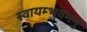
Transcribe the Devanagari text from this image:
स्वायम्भुवमनु